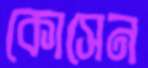
কোসেন